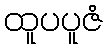
ထူပပူဇံ